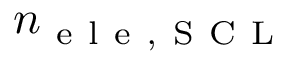
n _ { \mathrm { ~ e ~ l ~ e ~ , ~ S ~ C ~ L ~ } }